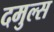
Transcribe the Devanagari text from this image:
दमुल्स